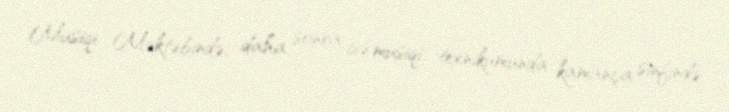
Musiqi Məktəbində, daha sonra isə musiqi texnikumunda kamança sinfində